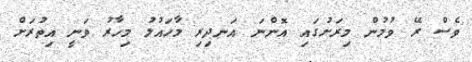
ވެސް ރޭ ވުމުން މިރަށުގައި އޮންނަ އަނދިރި މާހައުލު މިހާރު ވަނީ އިތުރަށް